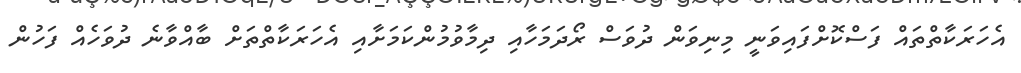
އެހަރަކާތްތައް ފަސްކޮށްފައިވަނީ މިނިވަން ދުވަސް ރޯދަމަހާއި ދިމާވުމުންކަމަށާއި އެހަރަކާތްތަށް ބާއްވާނެ ދުވަހެއް ފަހުން